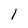
Character: 1